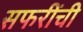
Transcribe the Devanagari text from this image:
सफरींची